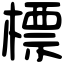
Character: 標